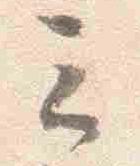
云